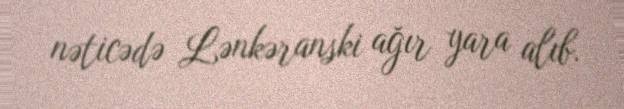
nəticədə Lənkəranski ağır yara alıb.